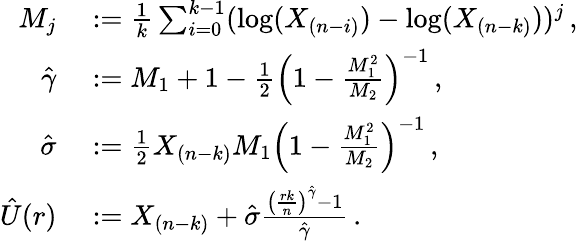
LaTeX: \begin{array}{rl}{M_{j}}&{{}:=\frac 1k\sum_{i=0}^{k-1}(\log(X_{(n-i)})-\log(X_{(n-k)}))^{j}\, ,}\\ {\hat{\gamma}}&{{}:=M_{1}+1-\frac 12\left(1-\frac{M_{1}^{2}}{M_{2}}\right)^{-1}\, ,}\\ {\hat{\sigma}}&{{}:=\frac 12X_{(n-k)}M_{1}\left(1-\frac{M_{1}^{2}}{M_{2}}\right)^{-1}\, ,}\\ {\hat{U}(r)}&{{}:=X_{(n-k)}+\hat{\sigma}\frac{\left(\frac{rk}{n}\right)^{\hat{\gamma}}-1}{\hat{\gamma}}\, .}\end{array}